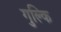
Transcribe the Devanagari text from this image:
गुल्कि